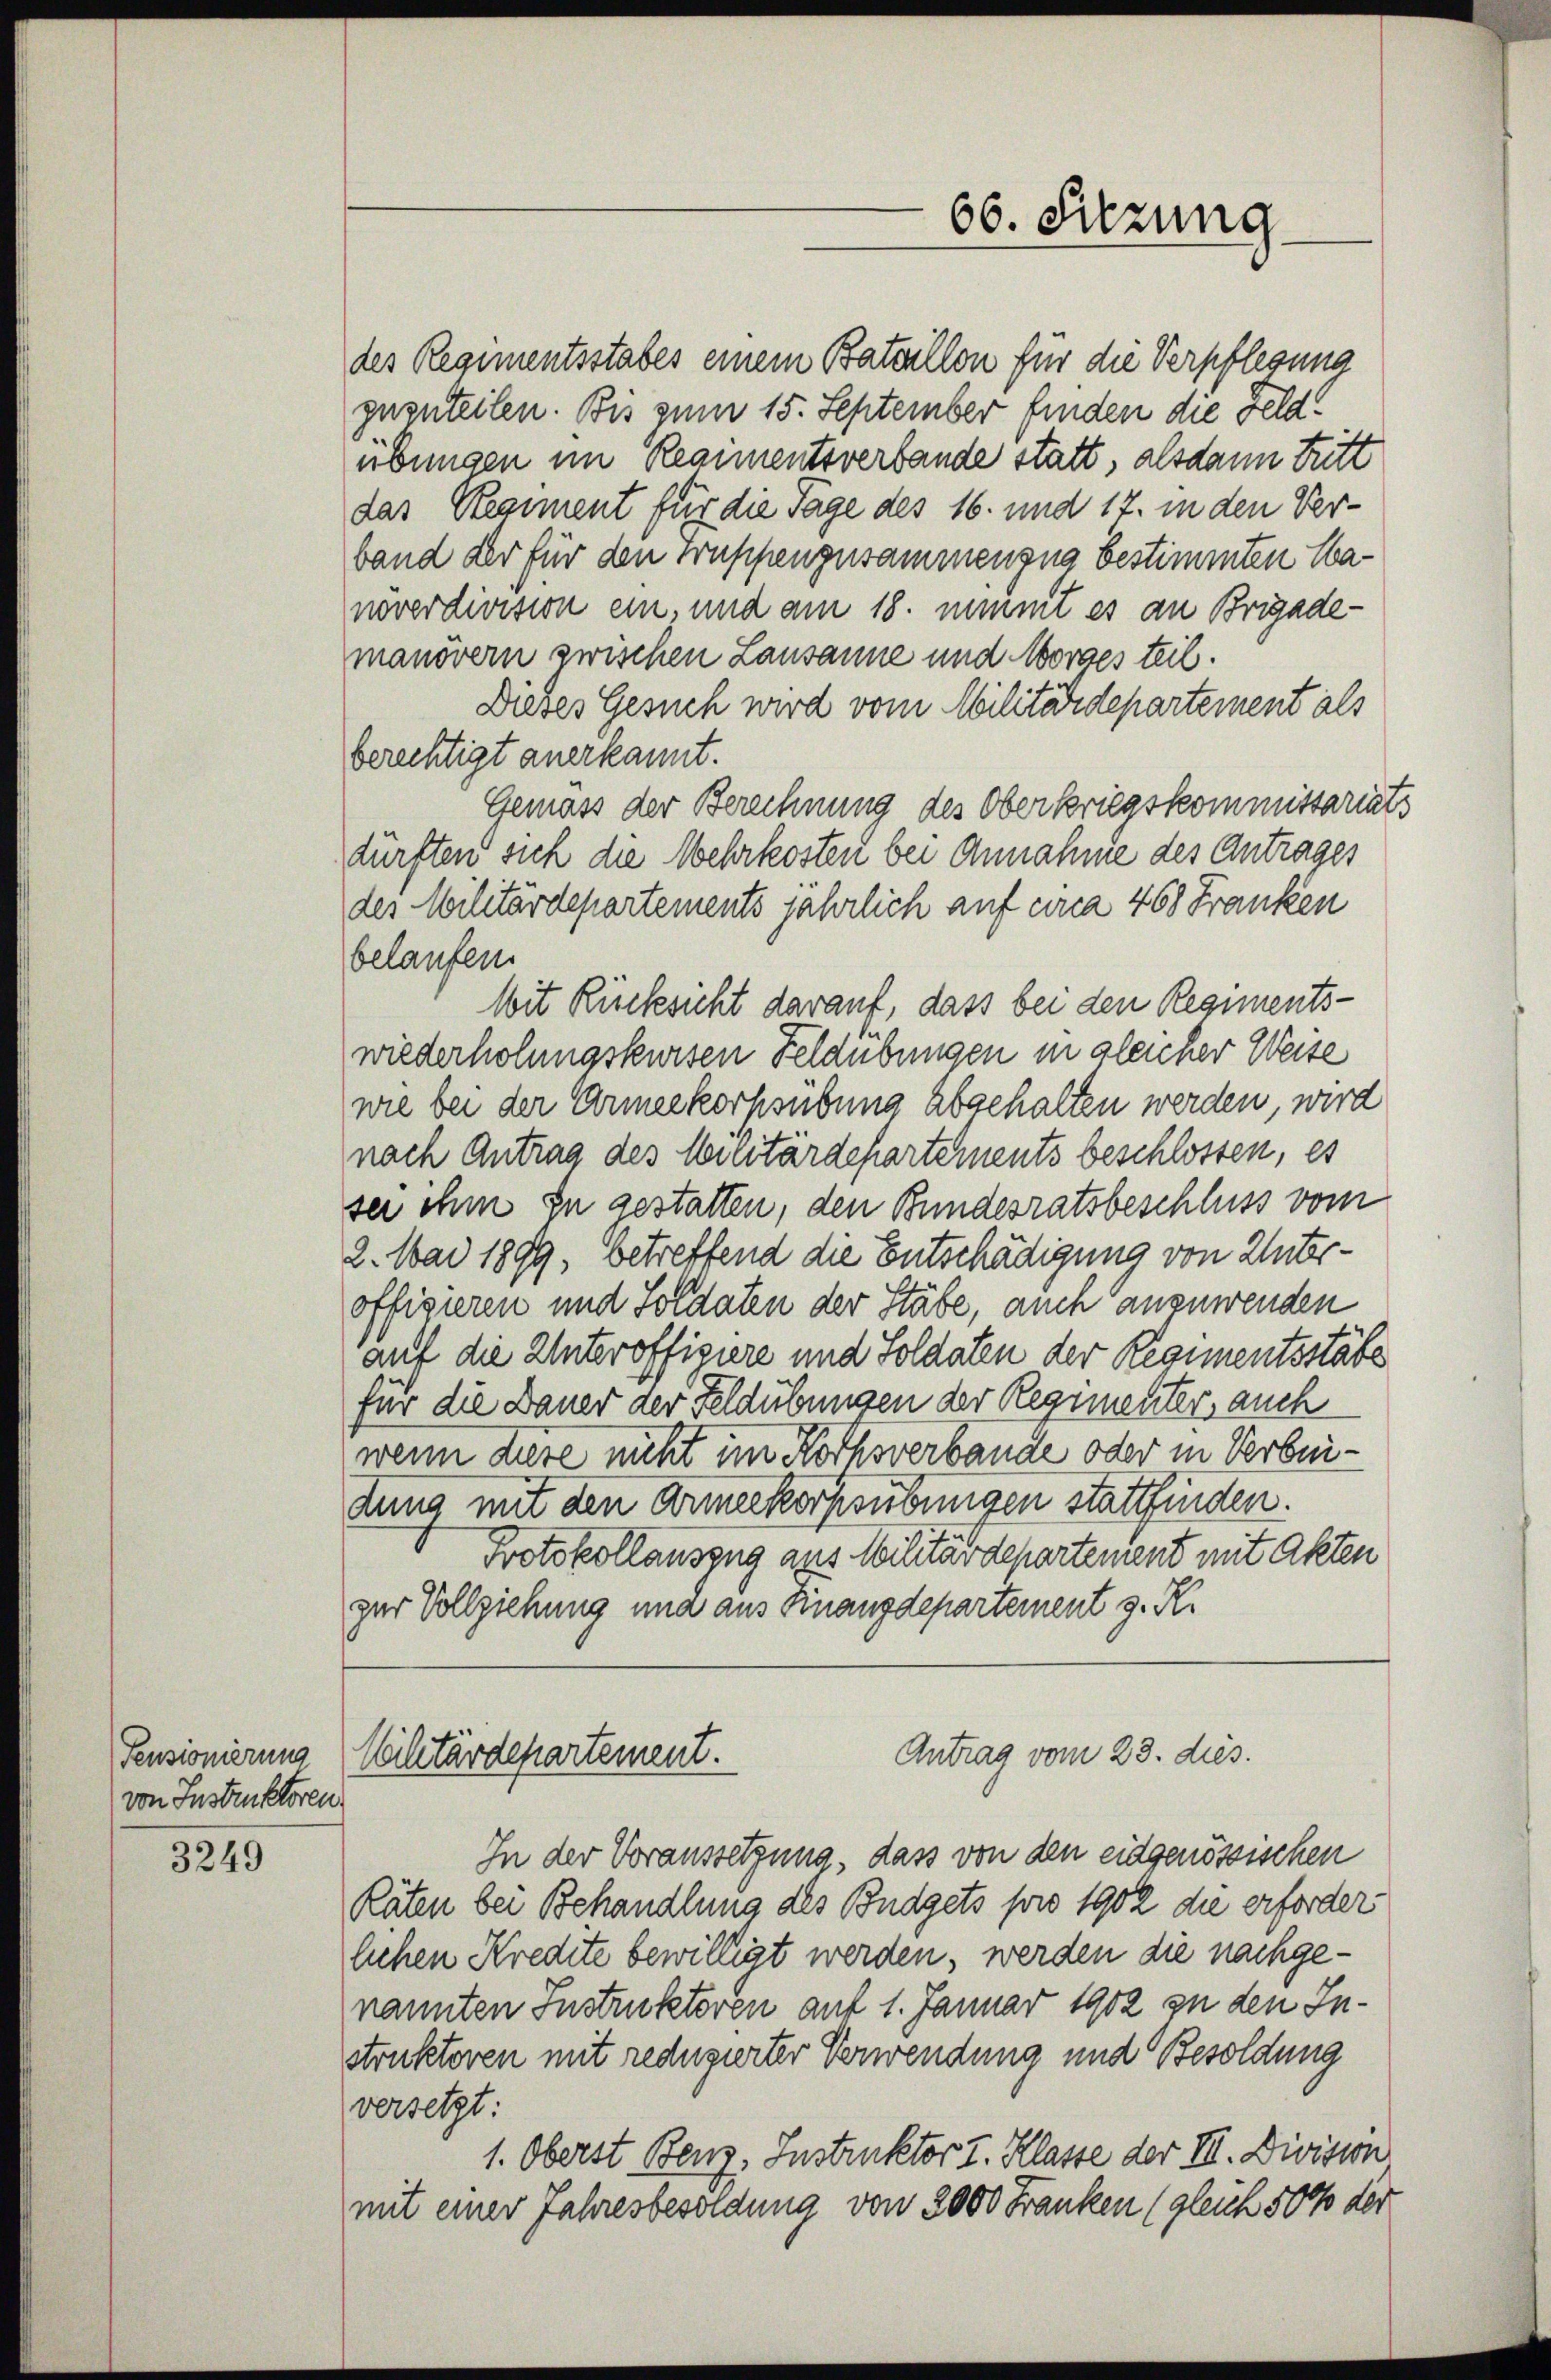
Pensionierung
von Instruktoren

3249

des Regimentsstabes einem Bataillon für die Verpflegung
zuzuteilen. Bis zum 15. September finden die Feldübungen im Regimentsverbande statt, alsdann tritt
das Regiment für die Tage des 16. und 17. in den Verband der für den Truppenzusammengua bestimmten Wanoverdivision ein, und am 18. nimmt es an Brigademanövern zwischen Lausanne und Morges teil.
Diebes Gesuch wird vom Militärdepartement als
berechtigt anerkannt.
Gemäss der Berechnung des Oberkriegskommissariats
dürften sich die Mehrkosten bei Annahme des Antrages
des Militärdepartements jährlich auf circa 468 Franken
belaufen.
Mit Rücksicht darauf, dass bei den Regimentswiederholungskursen Feldübungen in gleicher Weise
wie bei der Armeekorpsübung abgehalten werden, wird
nach Antrag des Militärdepartements beschlossen, es
sei ihm zu gestatten, den Bundesratsbeschluss vom
2. Mai 1899, betreffend die Entschädigung von Unteroffizieren und Soldaten der Stäbe, auch anzuwenden
auf die Unteroffizire und Soldaten der Regimentsstäte
für die Dauer der Feldübungen der Regimenters auch
wenn diese nicht im Kothsverbande oder in Verbeidung mit den Armeekorpsübungen stattfinden.
Protokollauszug aus Militärdepartement mit Akten
zur Vollziehung und aus Finanzdepartement z. R.

66. Sitzung

Antrag vom 23. dies.
Nchtärdepartement.

In der Voraussetzung, dass von den eidgenössischen
Räten bei Behandlung des Budgets pro 1902 die erforderlichen Kredite bewilligt werden, werden die nachgenannten Instruktoren auf 1. Januar 1902 zu den Instruktoren mit reduzierter Verwendung und Besoldung
versetzt:
1. Oberst Benz. Instruktor I. Klasse der III. Division
mit einer Jahresbesoldung von 2000 Franken (gleich 500 der